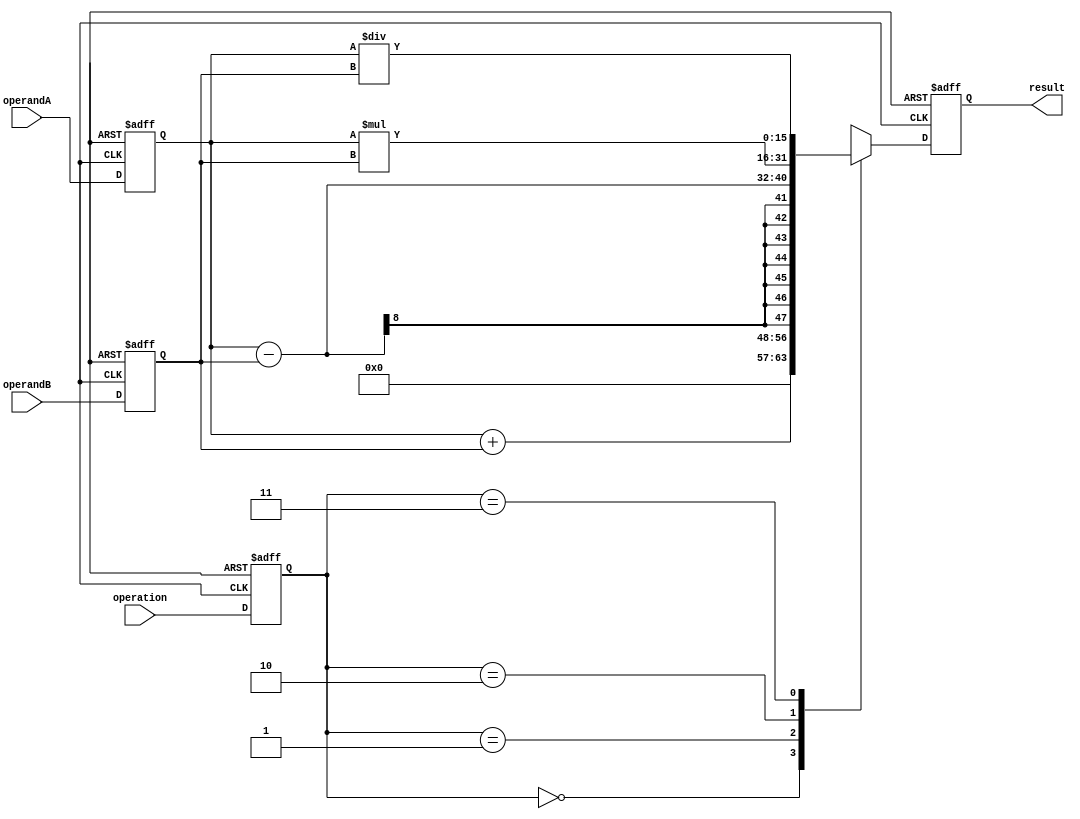
module mixed_precision_float_unit (
    input [7:0] operandA,
    input [7:0] operandB,
    input [1:0] operation,
    output reg [15:0] result
);

reg [7:0] reg_operandA;
reg [7:0] reg_operandB;
reg [1:0] reg_operation;
reg [15:0] reg_result;

always @ (posedge clk or negedge rst) begin
    if (!rst) begin
        reg_operandA <= 8'b0;
        reg_operandB <= 8'b0;
        reg_operation <= 2'b0;
        reg_result <= 16'b0;
    end else begin
        reg_operandA <= operandA;
        reg_operandB <= operandB;
        reg_operation <= operation;
        
        case (reg_operation)
            2'b00: reg_result <= reg_operandA + reg_operandB;
            2'b01: reg_result <= reg_operandA - reg_operandB;
            2'b10: reg_result <= reg_operandA * reg_operandB;
            2'b11: reg_result <= reg_operandA / reg_operandB;
            default: reg_result <= 16'b0;
        endcase
    end
end

assign result = reg_result;

endmodule